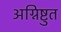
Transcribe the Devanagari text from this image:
अग्निष्टुत